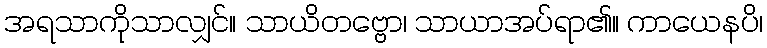
အရသာကိုသာလျှင်။ သာယိတဗ္ဗော၊ သာယာအပ်ရာ၏။ ကာယေနပိ၊